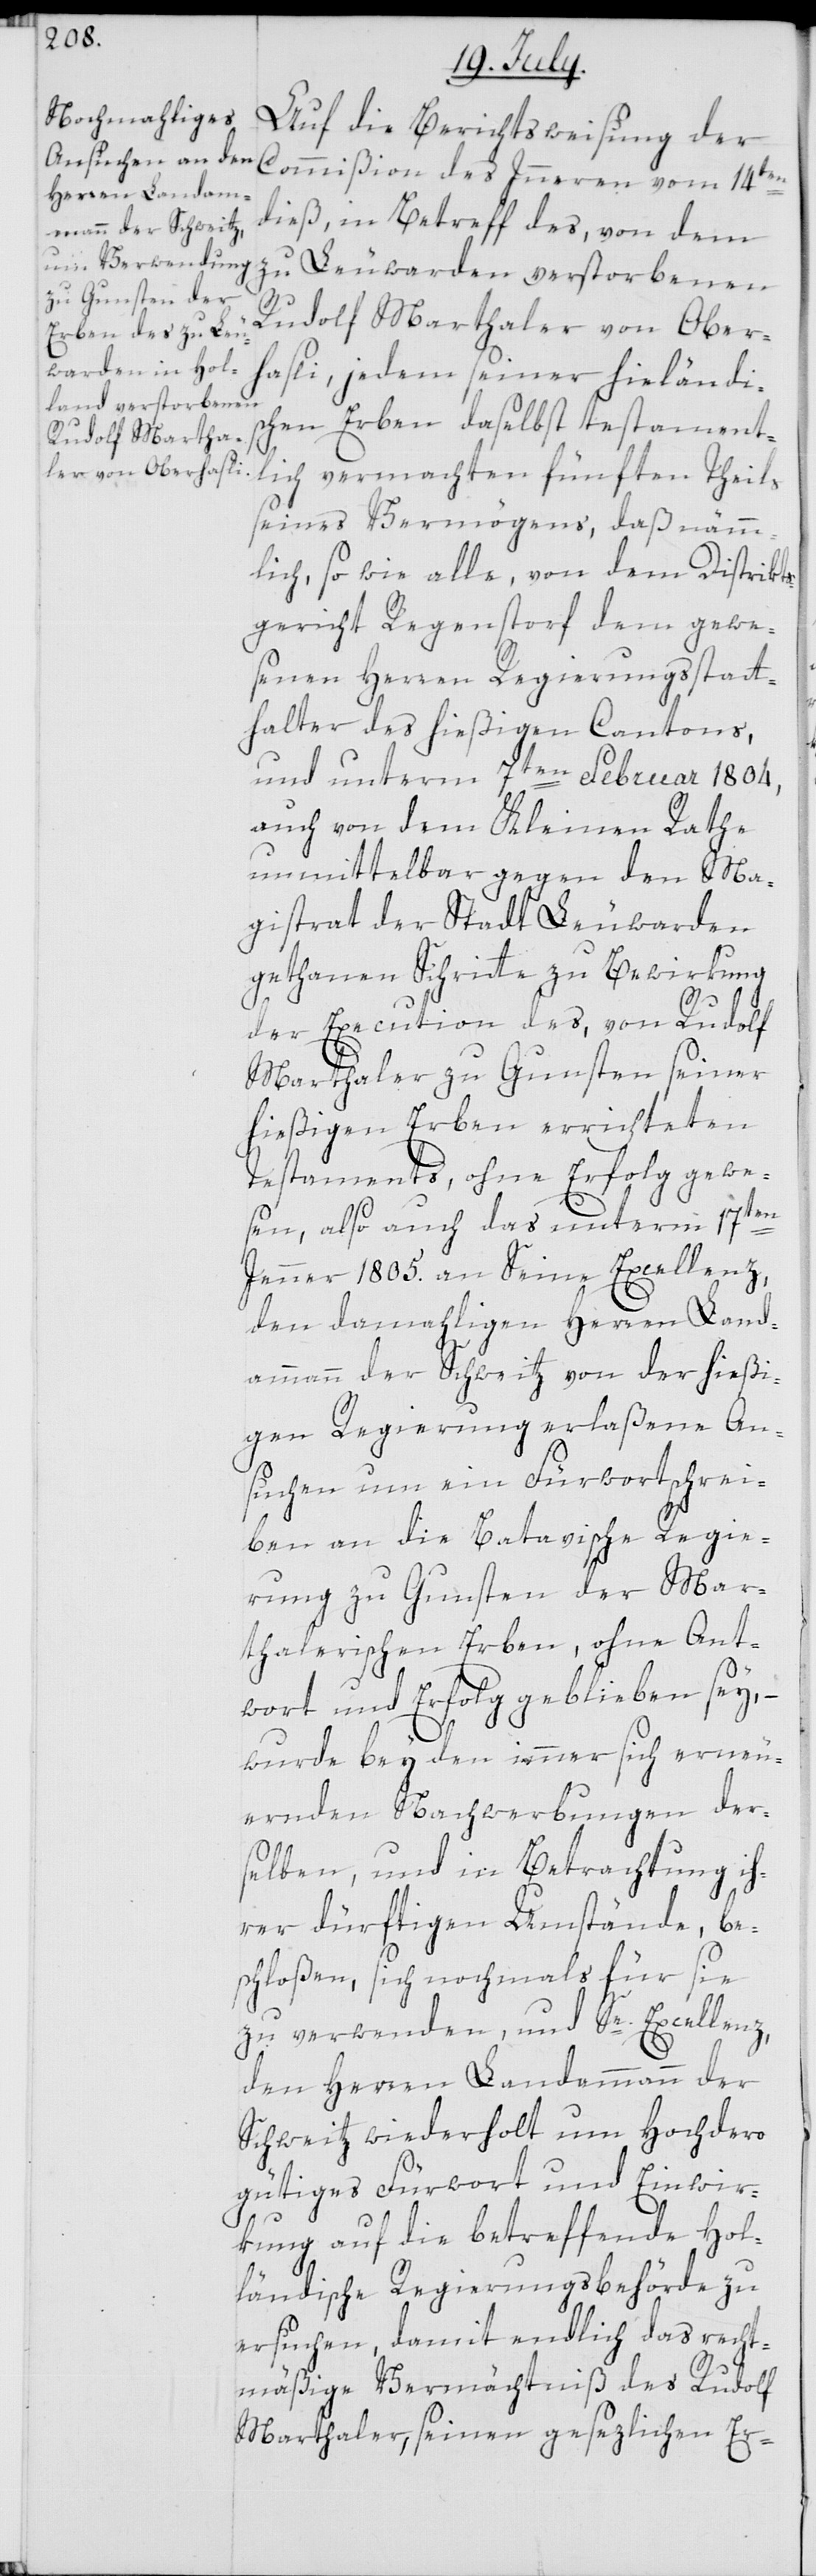
Auf die Berichtsweisung der
Commißion des Innern vom 14ten
dieß, in Betreff des, von dem
zu Leuwarden verstorbenen
Rudolf Marthaler von Ober¬
hasli, jedem seiner hieländis¬
chen Erben daselbst testament¬
lich vermachten fünften Theils
seines Vermögens, daß nämm¬
lich, so wie alle, von dem Distrikts¬
gericht Regenstorf dem gewe¬
senen Herren Regierungsstatt¬
halter des hießigen Cantons,
und unterm 7ten Februar 1804,
auch von dem Kleinen Rathe
unmittelbar gegen den Ma¬
gistrat der Stadt Leuwarden
gethanen Schritte zu Bewirkung
der Execution des, von Rudolf
Marthaler zu Gunsten seiner
hießigen Erben errichteten
Testaments, ohne Erfolg gewe¬
sen, also auch das unterm 17ten
Jenner 1805. an Seine Excellenz,
den damahligen Herren Land¬
ammann der Schweitz von der hießi¬
gen Regierung erlaßene An¬
suchen um ein Fürwortschrei¬
ben an die Batavische Regie¬
rung zu Gunsten der Mar¬
thalerischen Erben, ohne Ant¬
wort und Erfolg geblieben sey, –
wurde bey den immer sich erneu¬
ernden Nachwerbungen der¬
selben, und in Betrachtung ih¬
rer dürftigen Umstände, be¬
schloßen, sich nochmals für sie
zu verwenden, und Se. Excellenz,
den Herren Landammann der
Schweitz wiederholt um hochdero
gütiges Fürwort und Einwir¬
kung auf die betreffende Hol¬
ländische Regierungsbehörde zu
ersuchen, damit endlich das recht¬
mäßige Vermächtniß des Rudolf
Marthaler, seinen gesezlichen Er-